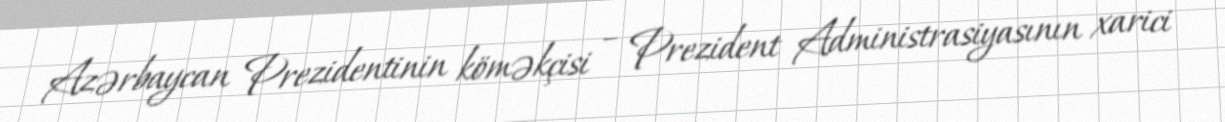
Azərbaycan Prezidentinin köməkçisi – Prezident Administrasiyasının xarici